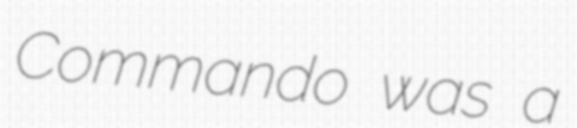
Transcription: Commando was a